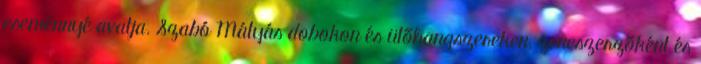
eseménnyé avatja. Szabó Mátyás dobokon és ütőhangszereken, zeneszerzőként és